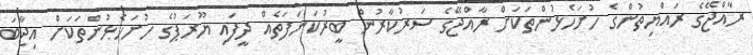
ރާއްޖޭގެ ރައްޔިތުންގެ ހުށަހެޅުންތަކަށް ރާއްޖޭގެ ސަރުކާރުން ބީރުކަނަފަތެއް ދީފައި ޔޫރަޕުގެ ހުށަހެޅުންތަކަށް އިޖާބަ